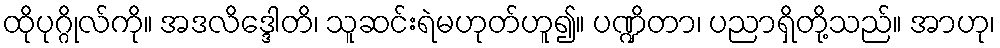
ထိုပုဂ္ဂိုလ်ကို။ အဒလိဒ္ဒေါတိ၊ သူဆင်းရဲမဟုတ်ဟူ၍။ ပဏ္ဍိတာ၊ ပညာရှိတို့သည်။ အာဟု၊